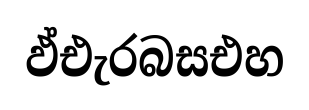
ඵ්එැරබසඑහ